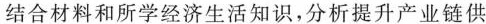
结合材料和所学经济生活知识，分析提升产业链供